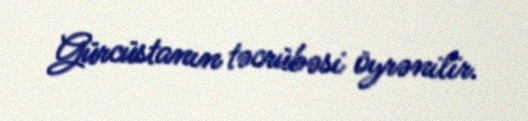
Gürcüstanın təcrübəsi öyrənilir.